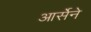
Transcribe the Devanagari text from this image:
आर्सेने